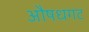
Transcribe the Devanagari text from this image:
औषधगट